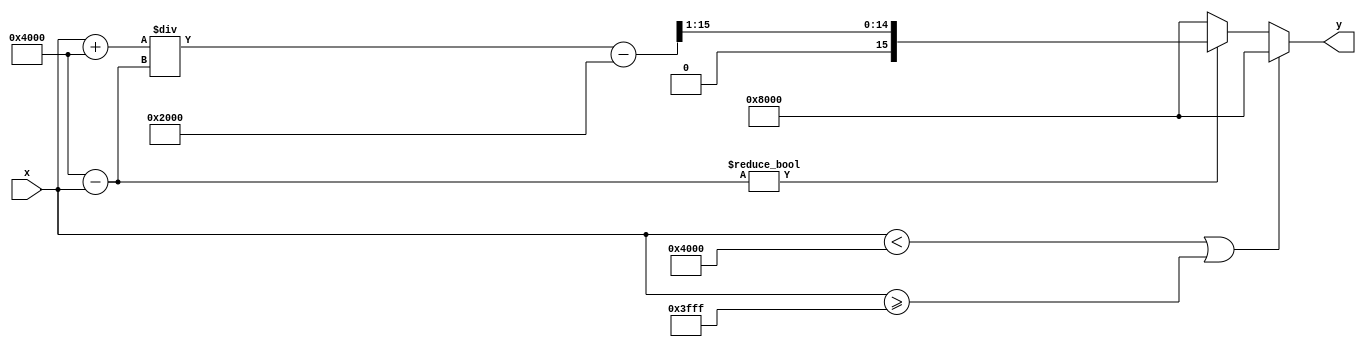
module atanh #
(
    parameter WIDTH = 16,                // Bit-width for input/output
    parameter FRACTIONAL_BITS = 14,      // Number of fractional bits
    parameter MAX_VALUE = (1 << FRACTIONAL_BITS) - 1, // Max value for validation
    parameter MIN_VALUE = -(1 << FRACTIONAL_BITS) // Min value for validation
)
(
    input  wire signed [WIDTH-1:0] x,    // Input value in fixed-point format
    output reg signed [WIDTH-1:0] y       // Output value in fixed-point format
);

// Internal signals
wire signed [WIDTH-1:0] one_plus_x;
wire signed [WIDTH-1:0] one_minus_x;
wire signed [WIDTH-1:0] ratio;
reg signed [WIDTH-1:0] ln_value;

// Placeholder for logarithm approximation (simple model)
function signed [WIDTH-1:0] ln_approx;
    input signed [WIDTH-1:0] val;
begin
    // Simple logarithm approximation using Taylor series or a lookup table can be implemented
    // Note: This is a placeholder. You can replace this with a proper log calculation.
    ln_approx = val - (1 << (FRACTIONAL_BITS - 1)); // Dummy operation for demonstration
end
endfunction

// Input Validation and Calculation
always @* begin
    // Default value for y
    y = 0;
    
    // Check if x is in the valid range (-1, 1)
    if (x < MIN_VALUE || x >= MAX_VALUE) begin
        // Handle out-of-range case with a predefined value, e.g., NaN or a simple error code
        y = {1'b1, {WIDTH-1{1'b0}}}; // NaN representation or error indication
    end else begin
        // Compute 1+x and 1-x
        one_plus_x = x + (1 << FRACTIONAL_BITS); // 1 represented in fixed-point
        one_minus_x = (1 << FRACTIONAL_BITS) - x;

        // Check for division by zero
        if (one_minus_x != 0) begin
            // Compute the ratio
            ratio = one_plus_x / one_minus_x;

            // Calculate the natural logarithm of the ratio
            ln_value = ln_approx(ratio);

            // Scale the result by 0.5
            y = ln_value >> 1; // Right shift to scale by 1/2
        end else begin
            // Handle division by zero case
            y = {1'b1, {WIDTH-1{1'b0}}}; // NaN representation or error indication
        end
    end
end

endmodule